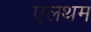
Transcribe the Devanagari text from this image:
एलथम